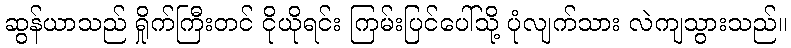
ဆွန်ယာသည် ရှိုက်ကြီးတင် ငိုယိုရင်း ကြမ်းပြင်ပေါ်သို့ ပုံလျက်သား လဲကျသွားသည်။